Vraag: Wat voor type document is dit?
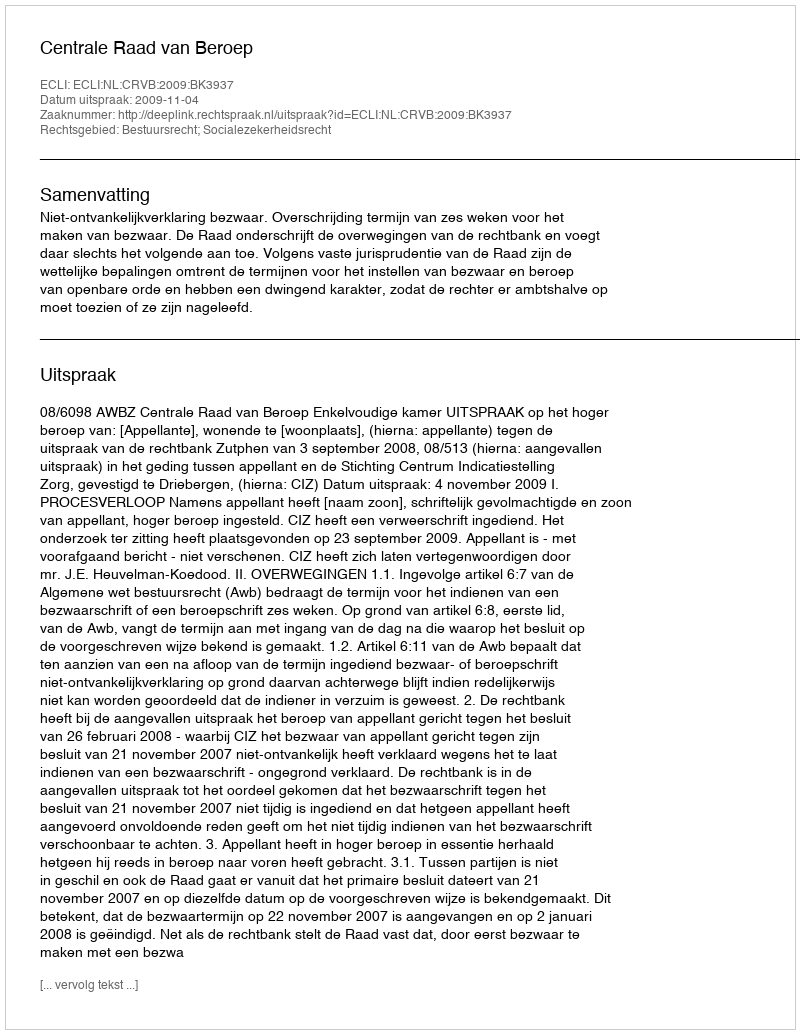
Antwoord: Uitspraak